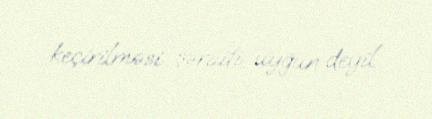
keçirilməsi şəraiti uyğun deyil.